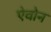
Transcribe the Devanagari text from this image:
ऐवोन